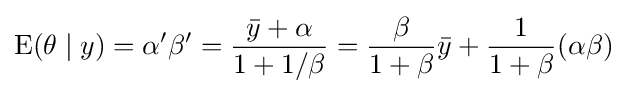
\operatorname {E} (\theta \mid y)=\alpha '\beta '={\frac {{\bar {y}}+\alpha }{1+1/\beta }}={\frac {\beta }{1+\beta }}{\bar {y}}+{\frac {1}{1+\beta }}(\alpha \beta )